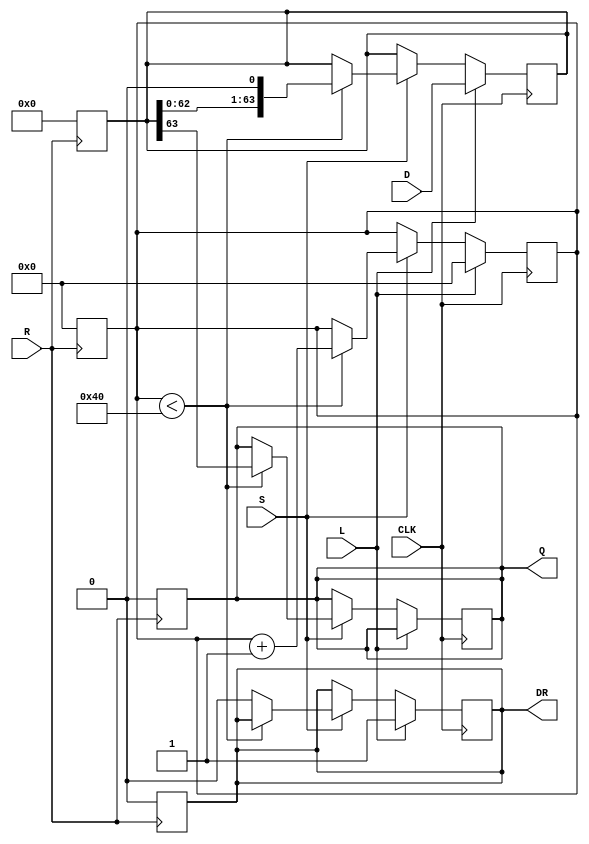
module PISO_Register (
    input wire [63:0] D,      // 64-bit parallel data input
    input wire L,             // Load control signal
    input wire CLK,           // Clock input
    input wire S,             // Shift control signal
    input wire R,             // Asynchronous reset signal
    output reg Q,             // Serial output
    output reg DR             // Data Ready output
);

    reg [63:0] SR;            // Shift register
    reg [5:0] count;          // Counter for shifted bits

    // Asynchronous reset
    always @(posedge R) begin
        SR <= 64'b0;          // Clear the shift register
        Q <= 1'b0;            // Clear the serial output
        count <= 6'b0;        // Reset the counter
        DR <= 1'b0;           // Clear Data Ready
    end

    // Main operation on clock edge
    always @(posedge CLK) begin
        if (L) begin
            SR <= D;          // Load data into shift register
            count <= 6'b0;    // Reset counter
            DR <= 1'b1;       // Indicate data is ready
        end else if (S) begin
            if (count < 64) begin
                Q <= SR[63];   // Output the MSB of the shift register
                SR <= SR << 1; // Shift left (or right depending on design)
                count <= count + 1; // Increment the counter
            end else begin
                DR <= 1'b0;     // No more data to shift, clear Data Ready
            end
        end
    end

endmodule